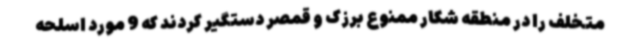
متخلف را در منطقه شکار ممنوع برزک و قمصر دستگیر کردند که 9 مورد اسلحه